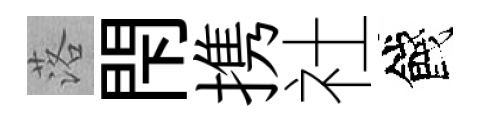
落閇携社餞